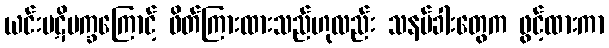
ယင်းပဋိပက္ခကြောင့် ဖိတ်ကြားထားသည်ဟုလည်း သနပ်ခါးတွေက ဖွင့်ထားကာ